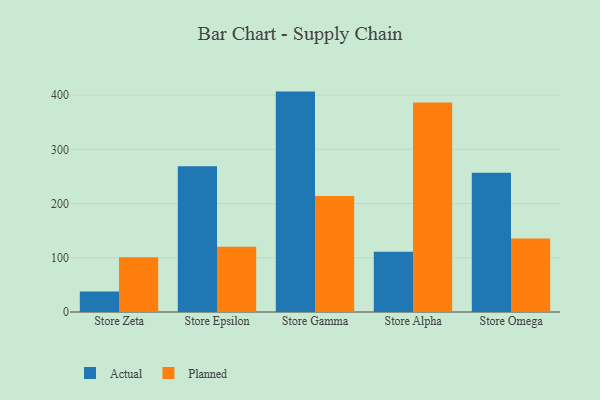
{"axis": {"x": "Store", "y": "Humidity (%)"}, "legend": ["Actual", "Planned"], "data": [{"x": "Store Zeta", "y": 37.6, "type": "Actual"}, {"x": "Store Zeta", "y": 101.1, "type": "Planned"}, {"x": "Store Epsilon", "y": 268.9, "type": "Actual"}, {"x": "Store Epsilon", "y": 120.3, "type": "Planned"}, {"x": "Store Gamma", "y": 406.6, "type": "Actual"}, {"x": "Store Gamma", "y": 214.0, "type": "Planned"}, {"x": "Store Alpha", "y": 111.2, "type": "Actual"}, {"x": "Store Alpha", "y": 386.3, "type": "Planned"}, {"x": "Store Omega", "y": 256.9, "type": "Actual"}, {"x": "Store Omega", "y": 135.5, "type": "Planned"}]}